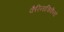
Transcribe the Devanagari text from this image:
कैरिनाचिकैनो